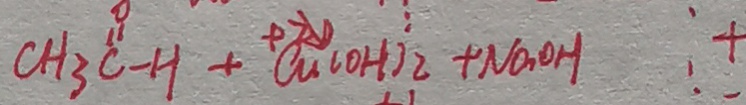
C H _ { 3 } - H + C u ( O H ) _ { 2 } + N a O H +